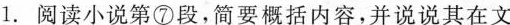
1.阅读小说第⑦段，简要概括内容，并说说其在问